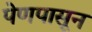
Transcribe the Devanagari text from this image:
पेणपासून